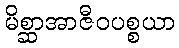
မိစ္ဆာအာဇီဝပစ္စယာ